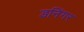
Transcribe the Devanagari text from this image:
डनिंगर